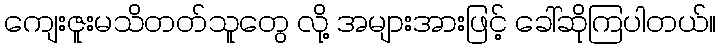
ကျေးဇူးမသိတတ်သူတွေ လို့ အများအားဖြင့် ခေါ်ဆိုကြပါတယ်။